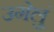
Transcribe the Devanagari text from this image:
उगेलुं